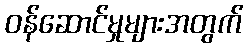
ဝန်ဆောင်မှုများအတွက်